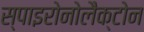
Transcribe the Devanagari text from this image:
स्पाइरोनोलैक्टोन